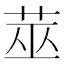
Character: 莁